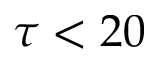
\tau < 2 0